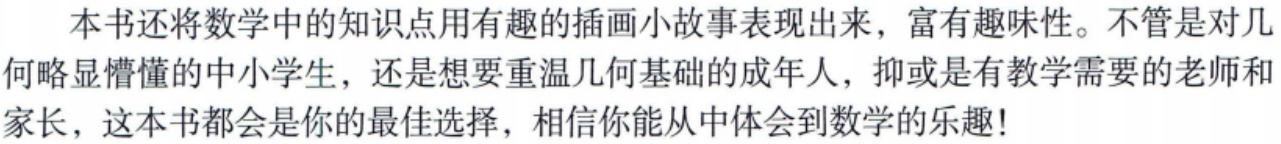
本书还将数学中的知识点用有趣的插画小故事表现出来，富有趣味性。不管是对几何略显懵懂的中小学生，还是想要重温几何基础的成年人，抑或是有教学需要的老师和家长，这本书都会是你的最佳选择，相信你能从中体会到数学的乐趣!